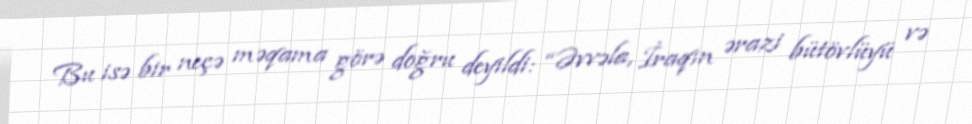
Bu isə bir neçə məqama görə doğru deyildi: “Əvvəla, İraqın ərazi bütövlüyü və